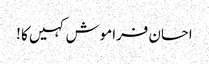
احسان فراموش کہیں کا !